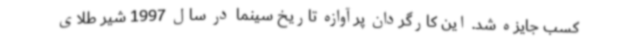
کسب جایزه شد. این کارگردان پرآوازه تاریخ سینما در سال 1997 شیر طلای